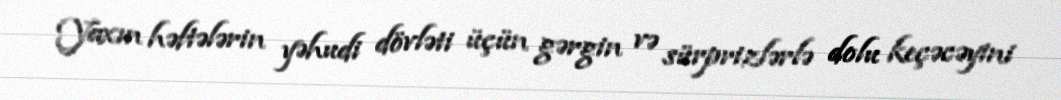
Yaxın həftələrin yəhudi dövləti üçün gərgin və sürprizlərlə dolu keçəcəyini